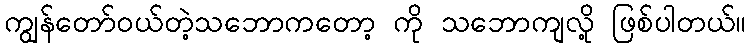
ကျွန်တော်ဝယ်တဲ့သဘောကတော့ ကို သဘောကျလို့ ဖြစ်ပါတယ်။